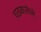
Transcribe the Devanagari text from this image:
धडकलेले